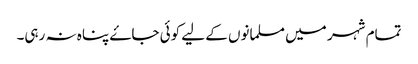
تمام شہر میں مسلمانوں کے لیے کوئی جاۓ پناہ نہ رہی۔